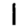
Digit: 1